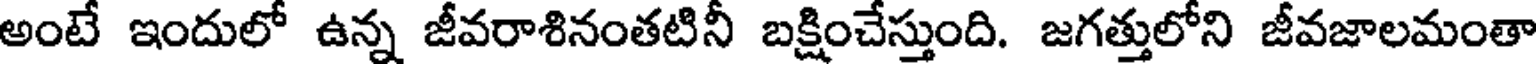
అంటే ఇందులో ఉన్న జీవరాశినంతటినీ బక్షించేస్తుంది. జగత్తులోని జీవజాలమంతా